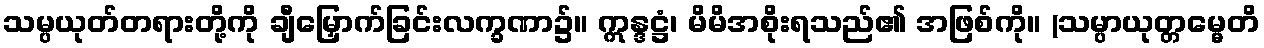
သမ္ပယုတ်တရားတို့ကို ချီမြှောက်ခြင်းလက္ခဏာ၌။ ဣန္ဒဋ္ဌံ၊ မိမိအစိုးရသည်၏ အဖြစ်ကို။ (သမ္ပာယုတ္တမ္မေတိ